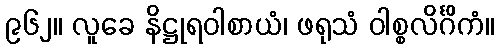
၉၆၂။ လူခေ နိဋ္ဌုရဝါစာယံ၊ ဖရုသံ ဝါစ္စလိင်္ဂိကံ။